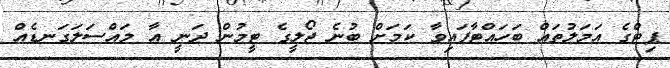
ޕިޓްގެ އަމަލުތައް ބަހައްޓާފައިވާ ކަމަށް ބުނެ ޖޯލީގެ ޓީމުން ދަނީ އާ މައްސަލަގަނޑެއް